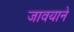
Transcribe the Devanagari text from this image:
जावयाने